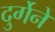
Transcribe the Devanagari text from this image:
दुर्गेने